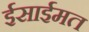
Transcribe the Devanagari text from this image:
ईसाईमत